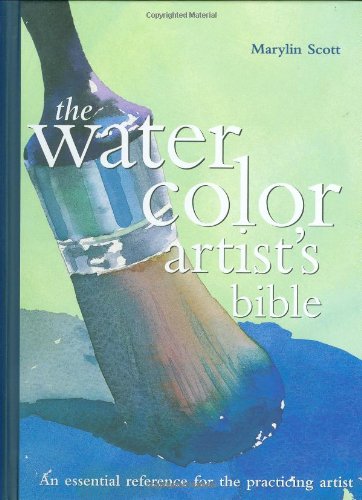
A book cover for The Watercolor Artist's Bible; Marylin Scott; Arts & Photography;